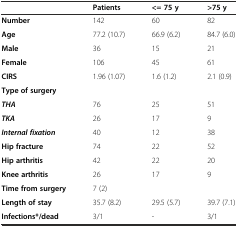
<table><thead><tr><td></td><td><b>Patients</b></td><td><b>&lt;= 75 y</b></td><td><b>&gt;75 y</b></td></tr></thead><tbody><tr><td><b>Number</b></td><td>142</td><td>60</td><td>82</td></tr><tr><td><b>Age</b></td><td>77.2 (10.7)</td><td>66.9 (6.2)</td><td>84.7 (6.0)</td></tr><tr><td><b>Male</b></td><td>36</td><td>15</td><td>21</td></tr><tr><td><b>Female</b></td><td>106</td><td>45</td><td>61</td></tr><tr><td><b>CIRS</b></td><td>1.96 (1.07)</td><td>1.6 (1.2)</td><td>2.1 (0.9)</td></tr><tr><td><b>Type of surgery</b></td><td></td><td></td><td></td></tr><tr><td><b><i>THA</i></b></td><td>76</td><td>25</td><td>51</td></tr><tr><td><b><i>TKA</i></b></td><td>26</td><td>17</td><td>9</td></tr><tr><td><b><i>Internal fixation</i></b></td><td>40</td><td>12</td><td>38</td></tr><tr><td><b>Hip fracture</b></td><td>74</td><td>22</td><td>52</td></tr><tr><td><b>Hip arthritis</b></td><td>42</td><td>22</td><td>20</td></tr><tr><td><b>Knee arthritis</b></td><td>26</td><td>17</td><td>9</td></tr><tr><td><b>Time from surgery</b></td><td>7 (2)</td><td></td><td></td></tr><tr><td><b>Length of stay</b></td><td>35.7 (8.2)</td><td>29.5 (5.7)</td><td>39.7 (7.1)</td></tr><tr><td><b>Infections*/dead</b></td><td>3/1</td><td>-</td><td>3/1</td></tr></tbody></table>